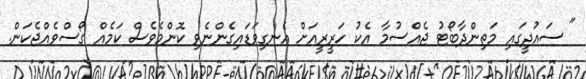
" ސައުދީގައި މަތިންދާބޯޓު ޖެއްސުމާ އެކު ހަރީރީއަށް އެނގިވަޑައިގެންނެވި ކޮންމެވެސް ކަމެއް ގޯސްވެއްޖެކަން.